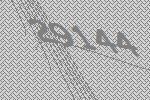
29144